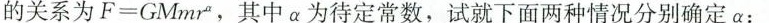
的关系为F=GMmr，其中a为待定常数，试就下面两种情况分别确定a：